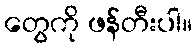
တွေကို ဖန်တီးပါ။